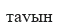
тауын